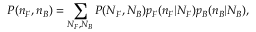
P ( n _ { F } , n _ { B } ) = \sum _ { N _ { F } , N _ { B } } { \cal P } ( N _ { F } , N _ { B } ) p _ { F } ( n _ { F } | N _ { F } ) p _ { B } ( n _ { B } | N _ { B } ) ,